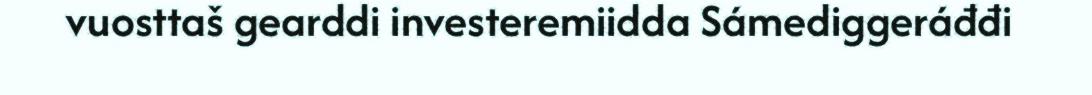
vuosttaš gearddi investeremiidda Sámediggeráđđi